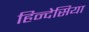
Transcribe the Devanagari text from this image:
हिन्देसिया